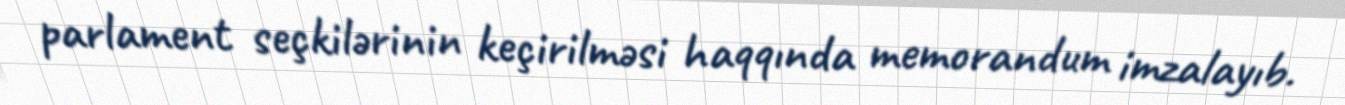
parlament seçkilərinin keçirilməsi haqqında memorandum imzalayıb.